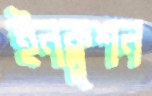
ইনক্লুশন